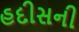
હદીસની